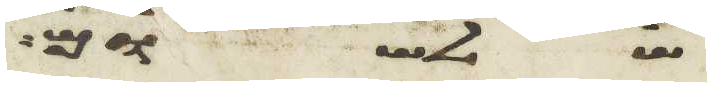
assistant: שלשום